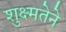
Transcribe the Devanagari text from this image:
शुक्ष्मतेने